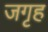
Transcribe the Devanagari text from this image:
जगृह